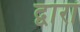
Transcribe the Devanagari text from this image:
द्वारां